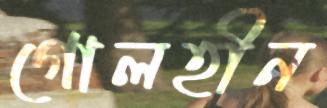
গোলহীন